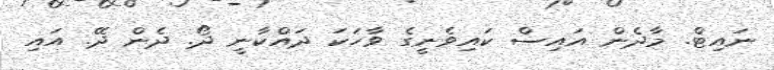
ނައިޓް. މާދެން އައިސް ކައިވެނީގެ ވާހަކަ ދައްކާނީ ދޯ. ދެން ދޭ. އައި